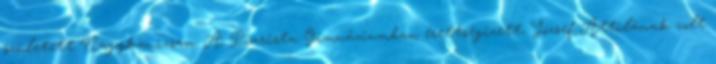
született Nagykanizsán. A Piarista Gimnáziumban érettségizett, József Attilának volt